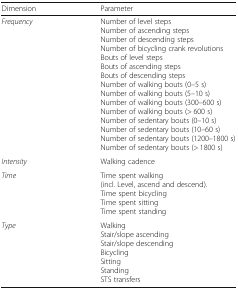
<table><thead><tr><td><b>Dimension</b></td><td><b>Parameter</b></td></tr></thead><tbody><tr><td><i>Frequency</i></td><td>Number of level stepsNumber of ascending stepsNumber of descending stepsNumber of bicycling crank revolutionsBouts of level stepsBouts of ascending stepsBouts of descending stepsNumber of walking bouts (0–5 s)Number of walking bouts (5–10 s)Number of walking bouts (300–600 s)Number of walking bouts (&gt; 600 s)Number of sedentary bouts (0–10 s)Number of sedentary bouts (10–60 s)Number of sedentary bouts (1200–1800 s)Number of sedentary bouts (&gt; 1800 s)</td></tr><tr><td><i>Intensity</i></td><td>Walking cadence</td></tr><tr><td><i>Time</i></td><td>Time spent walking(incl. Level, ascend and descend).Time spent bicyclingTime spent sittingTime spent standing</td></tr><tr><td><i>Type</i></td><td>WalkingStair/slope ascendingStair/slope descendingBicyclingSittingStandingSTS transfers</td></tr></tbody></table>